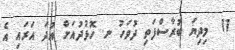
11  މިދިޔަ ބުރާސްފަތި ދުވަހު ނ. ހޮޅުދުއަށް އުދަ އަރައި އެ